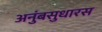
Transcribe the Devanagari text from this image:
अनुंबसुधारस